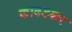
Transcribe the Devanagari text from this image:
कावडकर